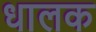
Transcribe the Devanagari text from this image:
धालक